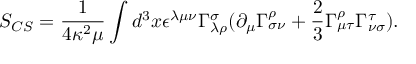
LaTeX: S _ { C S } = \frac { 1 } { 4 \kappa ^ { 2 } \mu } \int d ^ { 3 } x \epsilon ^ { \lambda \mu \nu } \Gamma _ { \lambda \rho } ^ { \sigma } ( \partial _ { \mu } \Gamma _ { \sigma \nu } ^ { \rho } + \frac { 2 } { 3 } \Gamma _ { \mu \tau } ^ { \rho } \Gamma _ { \nu \sigma } ^ { \tau } ) .